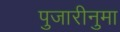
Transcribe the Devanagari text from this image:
पुजारीनुमा